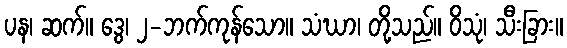
ပန၊ ဆက်။ ဒွေ၊ ၂-ဘက်ကုန်သော။ သံဃာ၊ တို့သည်။ ဝိသုံ၊ သီးခြား။